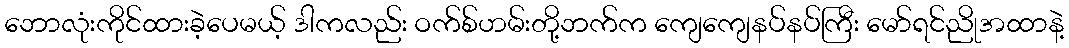
ဘောလုံးကိုင်ထားခဲ့ပေမယ့် ဒါကလည်း ဝက်စ်ဟမ်းတို့ဘက်က ကျေကျေနပ်နပ်ကြီး မော်ရင်ညိုအထာနဲ့